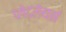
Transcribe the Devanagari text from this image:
प्लेटलेयर्स